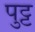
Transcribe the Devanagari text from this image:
पुट्ट